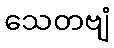
သေတဗျံ